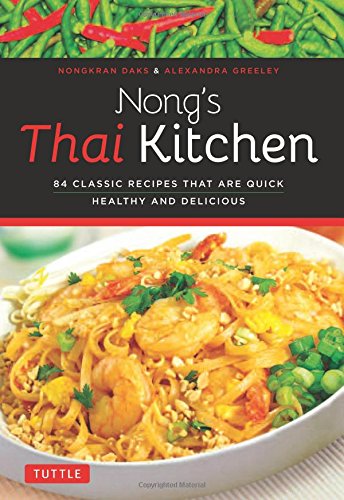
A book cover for Nong's Thai Kitchen: 84 Classic Recipes that are Quick, Healthy and Delicious; Nongkran Daks; Cookbooks, Food & Wine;